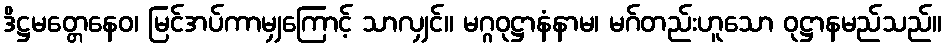
ဒိဋ္ဌမတ္တေနေဝ၊ မြင်အပ်ကာမျှကြောင့် သာလျှင်။ မဂ္ဂဝုဋ္ဌာနံနာမ၊ မဂ်တည်းဟူသော ဝုဋ္ဌာနမည်သည်။